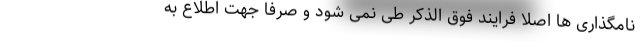
نامگذاری ها اصلا فرایند فوق الذکر طی نمی شود و صرفا جهت اطلاع به